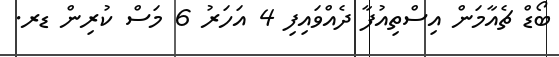
ބޯޑް ޗެއާމަން އިސްތިއުފާ ދެއްވައިފި 4 އަހަރު 6 މަސް ކުރިން ޑރ.